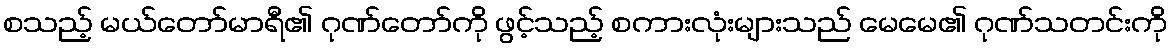
စသည့် မယ်တော်မာရီ၏ ဂုဏ်တော်ကို ဖွင့်သည့် စကားလုံးများသည် မေမေ၏ ဂုဏ်သတင်းကို